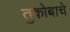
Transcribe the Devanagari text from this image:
तुकोबाचे